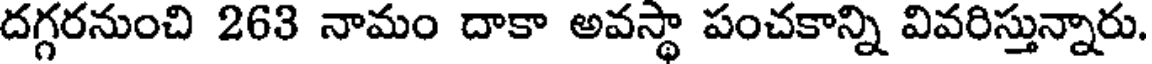
దగ్గరనుంచి 263 నామం దాకా అవస్థా పంచకాన్ని వివరిస్తున్నారు